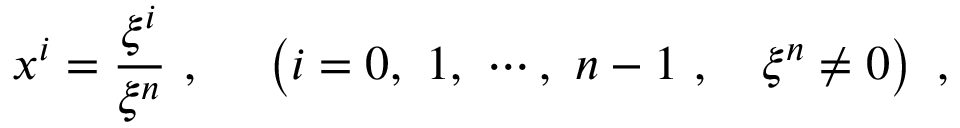
x ^ { i } = \frac { \xi ^ { i } } { \xi ^ { n } } ~ , ~ ~ ~ ~ \left( i = 0 , ~ 1 , ~ \cdots , ~ n - 1 ~ , ~ ~ ~ \xi ^ { n } \not = 0 \right) ~ ,